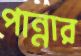
পান্নার